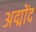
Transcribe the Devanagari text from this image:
अद्मोंद